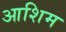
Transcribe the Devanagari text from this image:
आशिम